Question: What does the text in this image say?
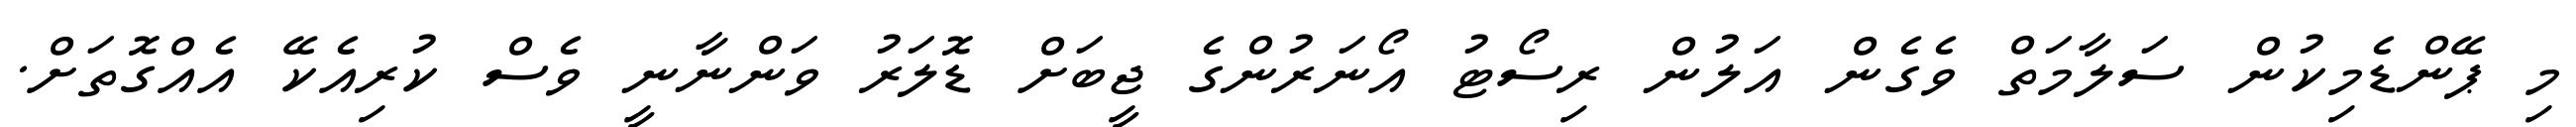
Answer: މި ޕޭންޑެމިކުން ސަލާމަތް ވެގެން އަލުން ރިސޯޓު އޯނަރުންގެ ޖީބަށް ޑޮލަރު ވަންނާނީ ވެސް ކުރިއެކޭ އެއްގޮތަށް.